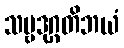
သဗ္ဗဒုဂ္ဂတိဘယံ